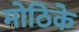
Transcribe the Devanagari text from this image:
मोठिके